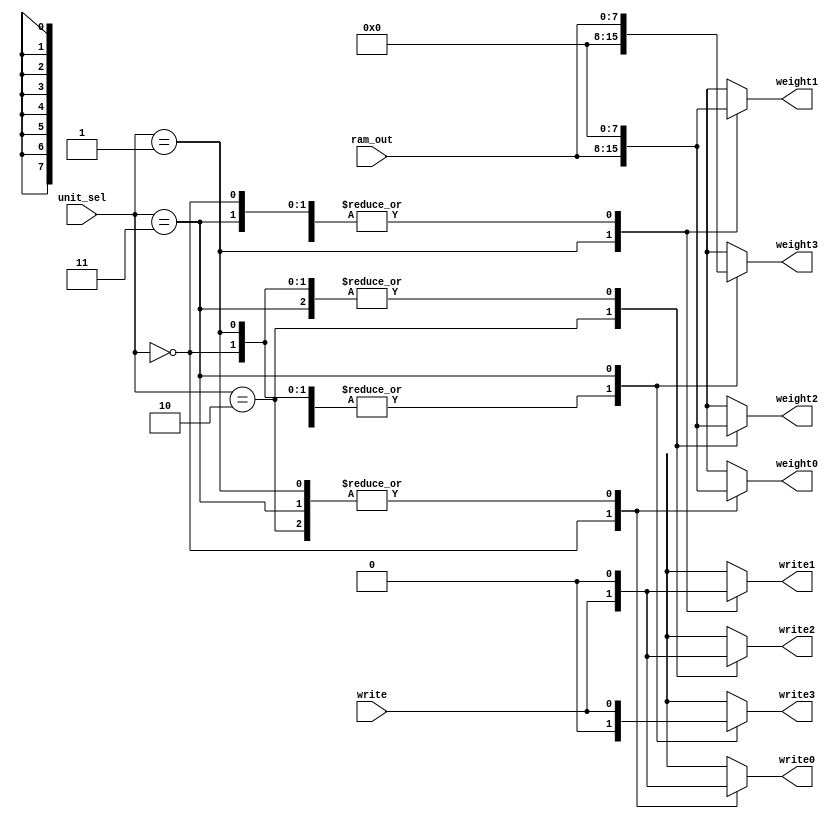
`timescale 1ns / 1ps
//////////////////////////////////////////////////////////////////////////////////
// 
// Module Name: RAMMux_py
// Project Name: Brain Network
// Description:  
// 
//////////////////////////////////////////////////////////////////////////////////

module RAMMux(
input [7:0] ram_out,
input [1:0] unit_sel,
input write,
output reg [7:0] weight0,output reg write0,
output reg [7:0] weight1,output reg write1,
output reg [7:0] weight2,output reg write2,
output reg [7:0] weight3,output reg write3
);

always@(ram_out or unit_sel or write)	begin
 	case(unit_sel)
	0: begin
		weight0<=ram_out;
		write0<=write;
		weight1<=0;
		write1<=0;
		weight2<=0;
		write2<=0;
		weight3<=0;
		write3<=0;
		end
	1: begin
		weight0<=0;
		write0<=0;
		weight1<=ram_out;
		write1<=write;
		weight2<=0;
		write2<=0;
		weight3<=0;
		write3<=0;
		end
	2: begin
		weight0<=0;
		write0<=0;
		weight1<=0;
		write1<=0;
		weight2<=ram_out;
		write2<=write;
		weight3<=0;
		write3<=0;
		end
	3: begin
		weight0<=0;
		write0<=0;
		weight1<=0;
		write1<=0;
		weight2<=0;
		write2<=0;
		weight3<=ram_out;
		write3<=write;
		end
	default: begin
		weight0<=0;
		write0<=0;
		weight1<=0;
		write1<=0;
		weight2<=0;
		write2<=0;
		weight3<=0;
		write3<=0;
		end
	endcase
	end
endmodule